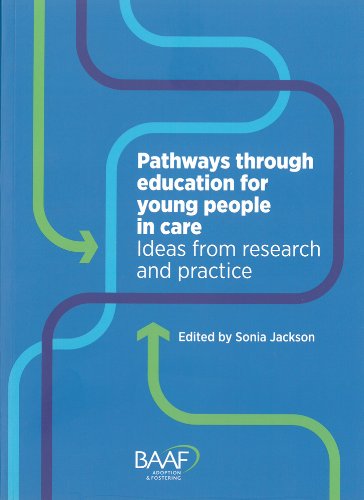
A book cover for Pathways Through Education for Young People in Care: Ideas from Research and Practice; Sonia Jackson; Parenting & Relationships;